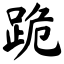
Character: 跪